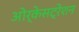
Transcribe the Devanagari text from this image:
ओर्केसट्रेशन